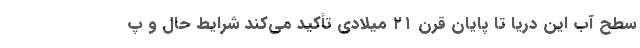
سطح آب این دریا تا پایان قرن ۲۱ میلادی تأکید می‌کند شرایط حال و پ